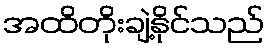
အထိတိုးချဲ့နိုင်သည်